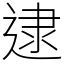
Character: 逮